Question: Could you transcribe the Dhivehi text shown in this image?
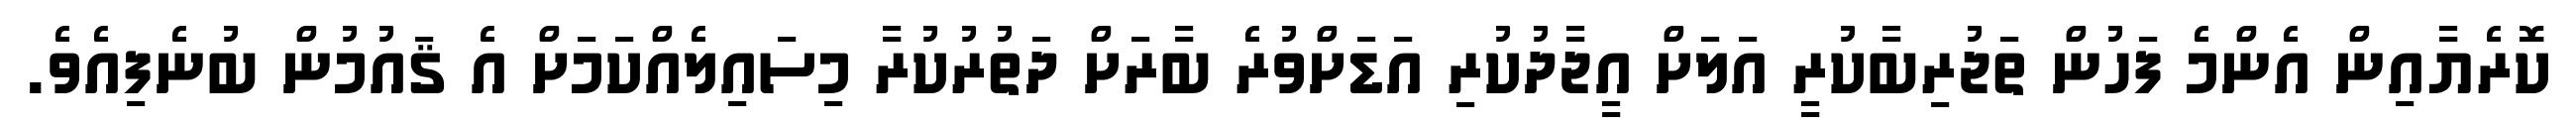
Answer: ކޮރެޔާއިން އެންމެ ފަހުން ތަޖުރިބާކުރީ އަލަށް އީޖާދުކުރި އަޑަށްވުރެ ބާރަށް ދަތުރުކުރާ މިސައިލެއްކަމަށް އެ ޤައުމުން ބުނެފިއެވެ.